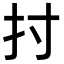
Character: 𢩭